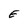
Character: E